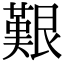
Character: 艱